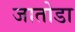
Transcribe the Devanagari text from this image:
जातोडा